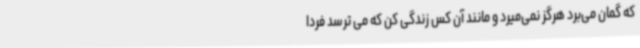
که گمان می‌برد هرگز نمی‌میرد و مانند آن کس زندگی کن که می ترسد فردا